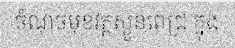
ចំណុចមុខវត្តស្ងួនពេជ្រ ក្នុង